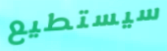
سيستطيع